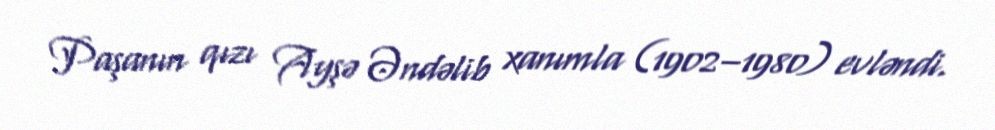
Paşanın qızı Ayşə Əndəlib xanımla (1902–1980) evləndi.